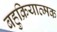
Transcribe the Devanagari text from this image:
बहुक्रियात्मक